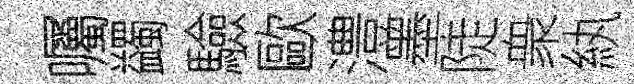
囑蠲驗歐澧墨陡衆紈